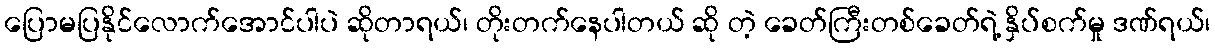
ပြောမပြနိုင်လောက်အောင်ပါပဲ ဆိုတာရယ်၊ တိုးတက်နေပါတယ် ဆို တဲ့ ခေတ်ကြီးတစ်ခေတ်ရဲ့ နှိပ်စက်မှု ဒဏ်ရယ်၊